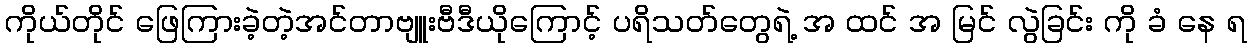
ကိုယ်တိုင် ဖြေကြားခဲ့တဲ့အင်တာဗျူးဗီဒီယိုကြောင့် ပရိသတ်တွေရဲ့ အ ထင် အ မြင် လွဲခြင်း ကို ခံ နေ ရ